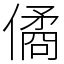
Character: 僪